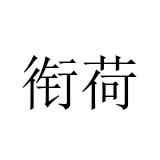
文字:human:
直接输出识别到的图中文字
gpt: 衔荷